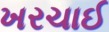
ખરચાઈ